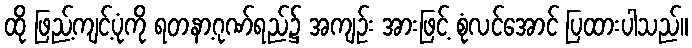
ထို ဖြည့်ကျင့်ပုံကို ရတနာ့ဂုဏ်ရည်၌ အကျဉ်း အားဖြင့် စုံလင်အောင် ပြထားပါသည်။